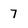
Character: 7